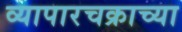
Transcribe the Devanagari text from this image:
व्यापारचक्राच्या